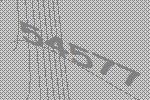
54577